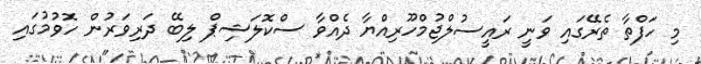
މި ހަފްތާ ތެރޭގައި ވަނީ ރައީސުލްޖުމްހޫރިއްޔާ ދެއްވާ ސްކޮލަޝިޕް ލިބޭ ދަރިވަރުން ހޮވުމުގައި